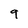
Character: 9